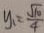
y _ { 1 } = \frac { \sqrt { 1 0 } } { 4 }